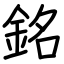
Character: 銘